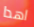
اهدا